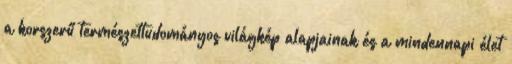
a korszerű természettudományos világkép alapjainak és a mindennapi élet